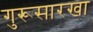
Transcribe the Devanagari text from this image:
गुरूसारखा